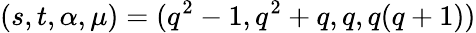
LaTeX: (s,t,\alpha,\mu)=(q^{2}-1,q^{2}+q,q,q(q+1))